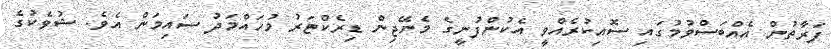
ފަރާތުން އެއްބަސްވުމުގައި ސޮއިކުރެއްވީ އެކުންފުނީގެ މެނޭޖިން ޑިރެކްޓަރު މުހައްމަދު ސައިމަން އެވެ. ޝުވެކުގެ